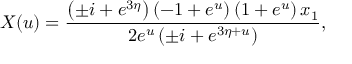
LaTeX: X ( u ) = { \frac { \left( \pm i + e ^ { 3 \eta } \right) \left( - 1 + { e ^ { u } } \right) \left( 1 + { e ^ { u } } \right) x _ { 1 } } { 2 { e ^ { u } } \left( \pm i + { e ^ { 3 \eta + u } } \right) } } ,